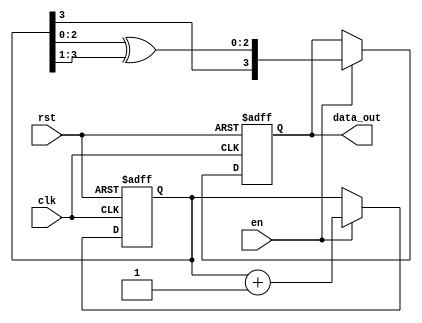
module gray_counter #(parameter   COUNTER_WIDTH = 4)
   (
    input wire                 rst, //Count reset.
    input wire                 clk,
    input wire                 en, //Count enable.
    output [COUNTER_WIDTH-1:0] data_out
    );

   reg [COUNTER_WIDTH-1:0]         bin_counter;
   reg [COUNTER_WIDTH-1:0]         gray_counter;

   assign data_out = gray_counter;
       
   always @ (posedge clk, posedge rst)
     if (rst) begin
        bin_counter   <= 1; 
        gray_counter <= 0; 
     end else if (en) begin
        bin_counter   <= bin_counter + 1'b1;
        gray_counter <= {bin_counter[COUNTER_WIDTH-1], bin_counter[COUNTER_WIDTH-2:0] ^ bin_counter[COUNTER_WIDTH-1:1]};
     end
   
endmodule
module iob_async_fifo
  #(parameter 
    DATA_WIDTH = 8, 
    ADDRESS_WIDTH = 4
    )
   (
    input                       rst,

    //read port
    output reg [DATA_WIDTH-1:0] data_out, 
    output                      empty,
    output [ADDRESS_WIDTH-1:0]  level_r,
    input                       read_en,
    input                       rclk, 

    //write port   
    input [DATA_WIDTH-1:0]      data_in, 
    output                      full,
    output [ADDRESS_WIDTH-1:0]  level_w,
    input                       write_en,
    input                       wclk
    );

   localparam FIFO_DEPTH = (1 << ADDRESS_WIDTH);
         
   //WRITE DOMAIN 
   wire [ADDRESS_WIDTH-1:0]     wptr;
   reg [ADDRESS_WIDTH-1:0]      rptr_sync[1:0];
   wire                         write_en_int;
   
   //READ DOMAIN    
   wire [ADDRESS_WIDTH-1:0]     rptr;
   reg [ADDRESS_WIDTH-1:0]      wptr_sync[1:0];
   wire                         read_en_int;

   //convert gray to binary code
   function [ADDRESS_WIDTH-1:0] gray2bin;
      input reg [ADDRESS_WIDTH-1:0] gr;
      input integer                 N;
      begin: g2b
   reg [ADDRESS_WIDTH-1:0] bi;
   integer                 i;
   
   bi[N-1] = gr[N-1];
   for (i=N-2;i>=0;i=i-1)
           bi[i] = gr[i] ^ bi[i+1];
   
   gray2bin = bi;
      end
   endfunction
   
   //WRITE DOMAIN LOGIC

   //sync read pointer
   always @ (posedge wclk) begin 
      rptr_sync[0] <= rptr;
      rptr_sync[1] <= rptr_sync[0];
   end
   
   //effective write enable
   assign write_en_int = write_en & ~full;
   
   gray_counter #(.COUNTER_WIDTH(ADDRESS_WIDTH)) wptr_counter (
                                               .clk(wclk),
                                               .rst(rst), 
                                               .en(write_en_int),
                                               .data_out(wptr)
                                               );
   //compute binary pointer difference
   assign level_w = gray2bin(wptr, ADDRESS_WIDTH) - gray2bin(rptr_sync[1], ADDRESS_WIDTH);
   
   assign full = (level_w == (FIFO_DEPTH-1));

   
   //READ DOMAIN LOGIC

   //sync write pointer
   always @ (posedge rclk) begin 
      wptr_sync[0] <= wptr;
      wptr_sync[1] <= wptr_sync[0];
   end

   //effective read enable
   assign read_en_int  = read_en & ~empty;

   gray_counter #(.COUNTER_WIDTH(ADDRESS_WIDTH)) rptr_counter (
                                               .clk(rclk),
                                               .rst(rst), 
                                               .en(read_en_int),
                                               .data_out(rptr)
                                              );
   
   //compute binary pointer difference
   assign level_r = gray2bin(wptr_sync[1], ADDRESS_WIDTH) - gray2bin(rptr, ADDRESS_WIDTH);
   

   assign empty = (level_r == 0);

   iob_2p_assim_async_mem #(
            .W_DATA_W(DATA_WIDTH),
            .W_ADDR_W(ADDRESS_WIDTH),
            .R_DATA_W(DATA_WIDTH),
            .R_ADDR_W(ADDRESS_WIDTH)
            ) afifo_2p_assim_async_mem (
                .wclk(wclk),
                .w_en(write_en_int),
                .data_in(data_in),
                .w_addr(gray2bin(wptr, ADDRESS_WIDTH)),
                .rclk(rclk),
                .r_addr(gray2bin(rptr, ADDRESS_WIDTH)),
                .r_en(read_en_int),
                .data_out(data_out)
                );
      
endmodule